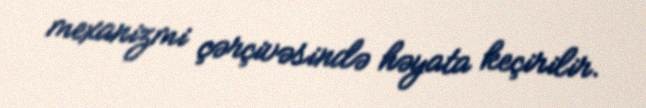
mexanizmi çərçivəsində həyata keçirilir.